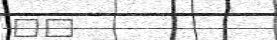
٦٢